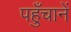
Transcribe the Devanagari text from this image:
पहुँचानें